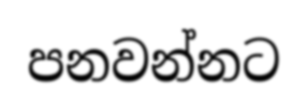
පනවන්නට